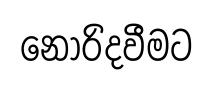
නොරිදවීමට